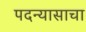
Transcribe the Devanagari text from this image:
पदन्यासाचा